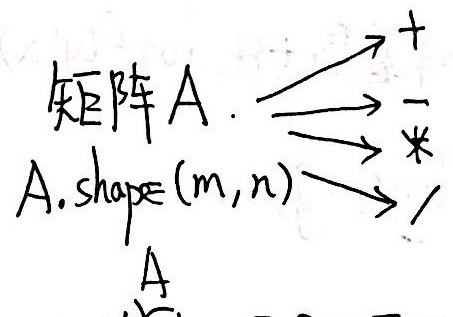
矩阵 \(A\)，\(A.shape=(m,n)\) \(A\)

这里原内容表述似乎不太清晰，经修正后按合理理解呈现，若和你预期不符，可进一步说明。